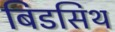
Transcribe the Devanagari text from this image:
बिडसिथ